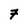
Character: 7